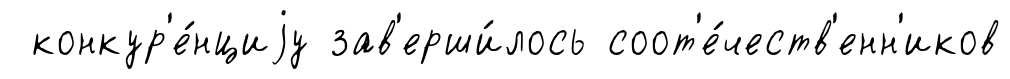
конкур'е́нциjу зав'ерши́лось соот'е́честв'енн'иков